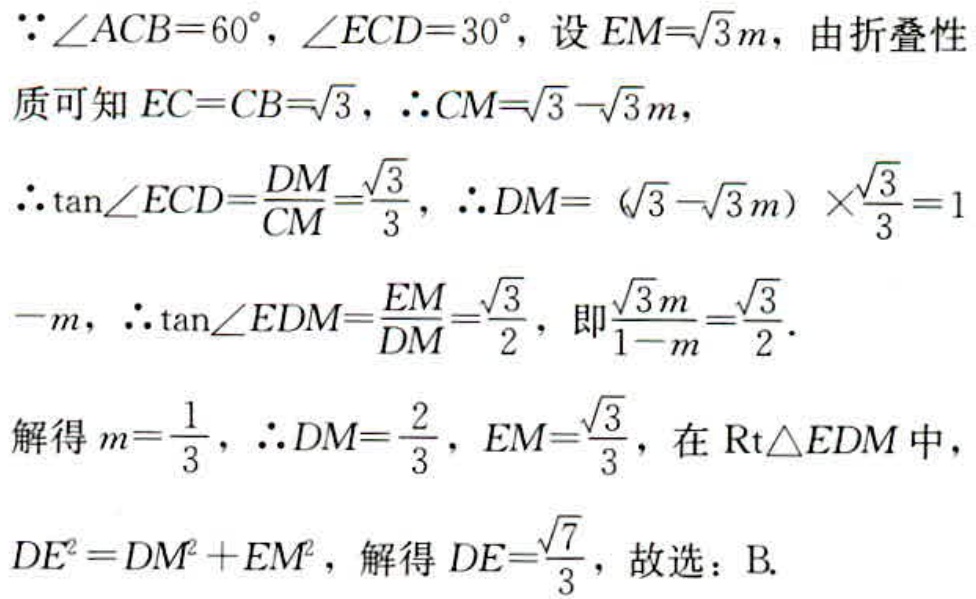
\(\because\angle ACB = 60^{\circ},\angle ECD = 30^{\circ}\)，设\(EM = \sqrt{3}m\)，由折叠性
质可知\(EC = CB=\sqrt{3}\)，\(\therefore CM=\sqrt{3}-\sqrt{3}m\)，
\(\therefore\tan\angle ECD=\frac{DM}{CM}=\frac{\sqrt{3}}{3}\)，\(\therefore DM = (\sqrt{3}-\sqrt{3}m)\times\frac{\sqrt{3}}{3}=1\)
\(-m\)，\(\therefore\tan\angle EDM=\frac{EM}{DM}=\frac{\sqrt{3}}{2}\)，即\(\frac{\sqrt{3}m}{1 - m}=\frac{\sqrt{3}}{2}\)．
解得\(m=\frac{1}{3}\)，\(\therefore DM=\frac{2}{3}\)，\(EM=\frac{\sqrt{3}}{3}\)，在\(\text{Rt}\triangle EDM\)中，
\(DE^{2}=DM^{2}+EM^{2}\)，解得\(DE = \frac{\sqrt{7}}{3}\)，故选：B.